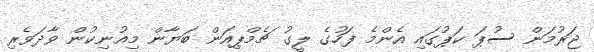
ޖަރުމަން ސުޕަ ކަޕުގައި އެންމެ ފަހުގެ ލީގު ޗެމްޕިއަން ބަޔާން މިއުނިކުން ވާދަވެރި